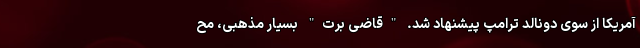
آمریکا از سوی دونالد ترامپ پیشنهاد شد. "قاضی برت" بسیار مذهبی، مح